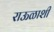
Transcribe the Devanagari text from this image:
राऊळाशी